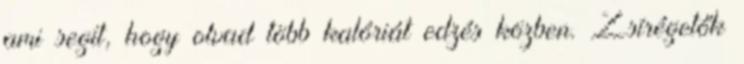
ami segít, hogy olvad több kalóriát edzés közben. Zsírégetők